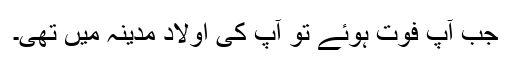
جب آپؓ فوت ہوئے تو آپ کی اولاد مدینہ میں تھی۔